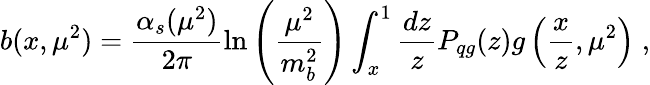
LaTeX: b(x,\mu^{2})=\frac{\alpha_{s}(\mu^{2})}{2\pi}\ln\left(\frac{\mu^{2}}{m_{b}^{2}}\right)\int_{x}^{1}\frac{dz}{z}P_{qg}(z)g\left(\frac{x}{z},\mu^{2}\right)\; ,